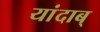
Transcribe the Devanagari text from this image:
यांदाब्